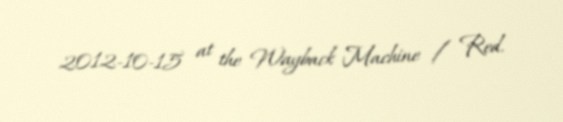
2012-10-15 at the Wayback Machine / Red.